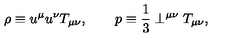
\rho \equiv u ^ { \mu } u ^ { \nu } T _ { \mu \nu } , \qquad p \equiv \frac { 1 } { 3 } \perp ^ { \mu \nu } T _ { \mu \nu } ,